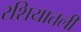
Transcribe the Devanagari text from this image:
रशियातली